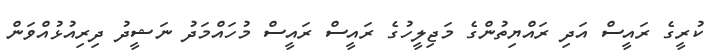
ކުރީގެ ރައީސް އަދި ރައްޔިތުންގެ މަޖިލީހުގެ ރައީސް ރައީސް މުހައްމަދު ނަޝީދު ދިރިއުޅުއްވަން